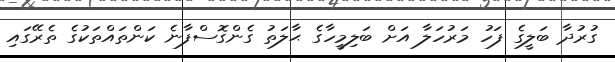
ގުރުދާ ބަލީގެ ފަހު މަރުހަލާ އަށް ބަލިމީހާގެ ޙާލަތު ގެންގޮސްފާނެ ކަންތައްތަކުގެ ތެރޭގައި